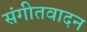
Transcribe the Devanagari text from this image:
संगीतवादन